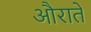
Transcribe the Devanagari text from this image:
औरातें